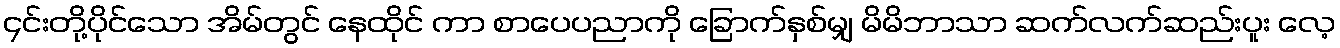
၄င်းတို့ပိုင်သော အိမ်တွင် နေထိုင် ကာ စာပေပညာကို ခြောက်နှစ်မျှ မိမိဘာသာ ဆက်လက်ဆည်းပူး လေ့